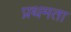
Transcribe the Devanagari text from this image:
प्रथमता